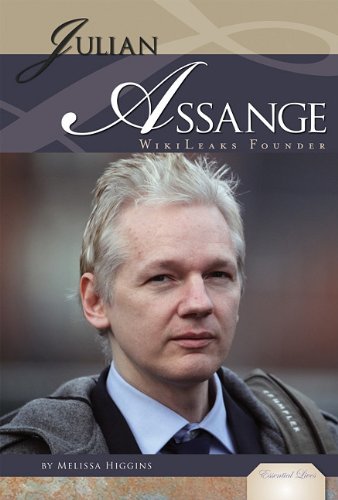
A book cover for Julian Assange: WikiLeaks Founder (Essential Lives); Melissa Higgins; Teen & Young Adult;